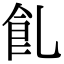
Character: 𩚂